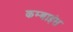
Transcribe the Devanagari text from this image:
कम्बाइंस